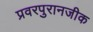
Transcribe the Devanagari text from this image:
प्रवरपुरानजीक